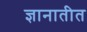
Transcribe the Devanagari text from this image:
ज्ञानातीत